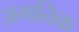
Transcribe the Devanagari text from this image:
अगतिक